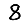
Digit: 8